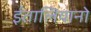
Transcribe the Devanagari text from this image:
ईतालियानो